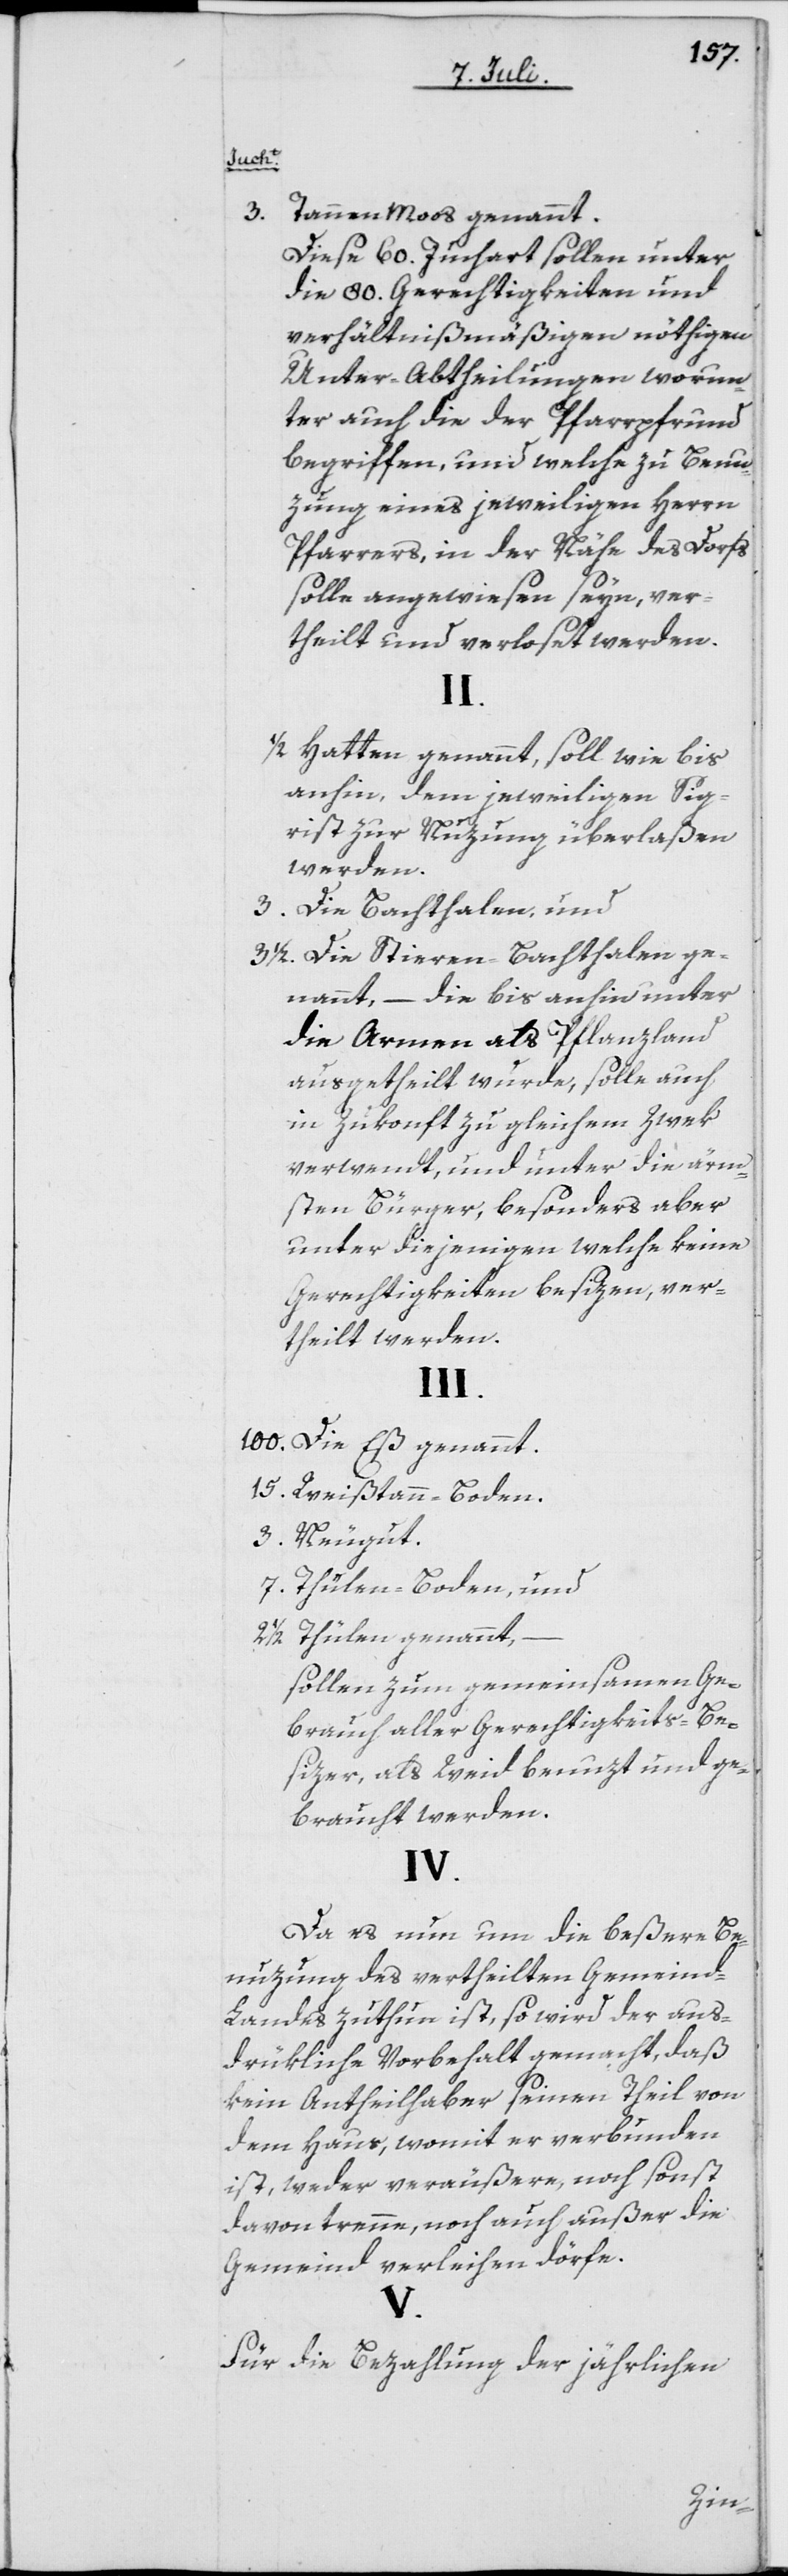
genannt.
3.
Tannenmoos genannt.
Diese 60. Juchart sollen unter
die 80. Gerechtigkeiten und
verhältnißmäßigen nöthigen
Unter-Abtheilungen worun¬
ter auch die der Pfarrpfrund
begriffen, und welche zu Benu¬
zung eines jeweiligen Herrn
Pfarrers, in der Nähe des Dorfs
solle angewiesen seyn, ver¬
theilt und verloset werden.
1/2.
Hatten genannt, soll wie bis
anhin, dem jeweiligen Sig¬
rist zur Nuzung überlaßen
werden.
Die Bachthalen, und
Die Stieren-Bachthalen ge¬
nannt, – die bis anhin unter
die Armen als Pflanzland
ausgetheilt wurde, solle auch
in Zukonft zu gleichem Zwek
verwendt, und unter die ärm¬
sten Bürger, besonders aber
unter diejenigen welche keine
Gerechtigkeiten besizen, ver¬
theilt werden.
100.
Weißtann-Boden.
Neugut.
Thülen-Boden, und
Thülen genannt,
sollen zum gemeinsamen Ge¬
brauch aller Gerechtigkeits-Be¬
sizer, als Weid benuzt und ge¬
braucht werden.
IV.
Da es nun um die beßere Be¬
nuzung des vertheilten Gemeind-L¬
andes zuthun ist, so wird der aus¬
drükliche Vorbehalt gemacht, daß
kein Antheilhaber seinen Theil von
dem Haus, womit er verbunden
ist, weder veräußere, noch sonst
davon trenne, noch auch außer die
Gemeind verleihen dörfe.
V.
Für die Bezahlung der jährlichen